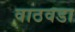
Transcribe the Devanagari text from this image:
वाठवडा